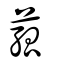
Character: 菰